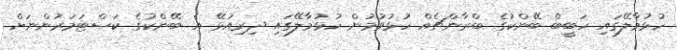
ހުޅުމާލޭގައި ހަބީބް ބޭންކުގެ ބްރާންޗެއް ހުޅުވުމުން ހުޅުމާލޭގައި ދިރިއުޅޭ އެ ބޭންކުގެ ކަސްޓަމަރުންނަށް